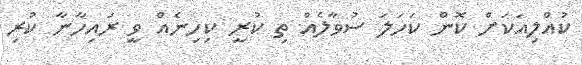
ކުއްލިއަކަށް ކޮން ކަހަލަ ސުވާލެއް ތި ކުރީ ކިހިނެއް ވީ ރައިހާނާ ކުރި